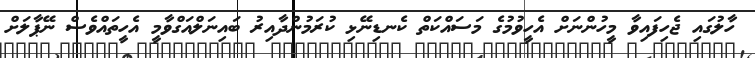
ހާލުގައި ޖެހިފައިވާ މީހުންނަށް އެހީވުމުގެ މަސައްކަތް ކެނޑިނޭޅި ކުރަމުންދާއިރު ބައިނަލްއަގްވާމީ އެހީތައްވެސް ނޭޕާލަށް